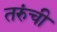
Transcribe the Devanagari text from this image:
तरुंची